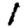
Digit: 1